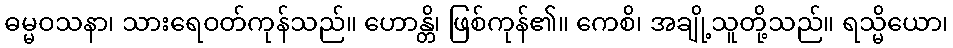
ဓမ္မဝသနာ၊ သားရေဝတ်ကုန်သည်။ ဟောန္တိ၊ ဖြစ်ကုန်၏။ ကေစိ၊ အချို့သူတို့သည်။ ရသ္မိယော၊